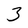
Character: 3